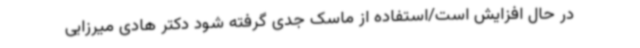
در حال افزایش است/استفاده از ماسک جدی گرفته شود دکتر هادی میرزایی